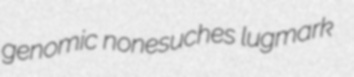
genomic nonesuches lugmark